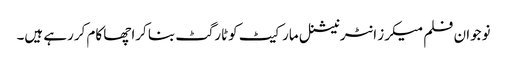
نوجوان فلم میکرز انٹرنیشنل مارکیٹ کوٹارگٹ بنا کراچھا کام کررہے ہیں۔